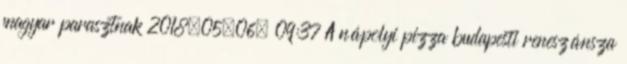
magyar parasztnak 2018.05.06. 09:37 A nápolyi pizza budapesti reneszánsza